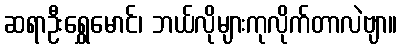
ဆရာဦးရွှေမောင်၊ ဘယ်လိုများကုလိုက်တာလဲဗျာ။